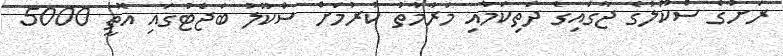
ރަށުގެ ސްކޫލުގެ ޖާގައިގެ ދަތިކަމާއި މަރާމާތު ކުރުމަށް ސްކޫލު ބަޖެޓުގައި އޮތީ 5000